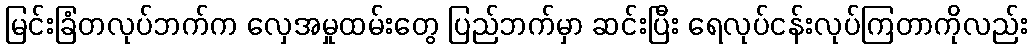
မြင်းခြံတလုပ်ဘက်က လှေအမှုထမ်းတွေ ပြည်ဘက်မှာ ဆင်းပြီး ရေလုပ်ငန်းလုပ်ကြတာကိုလည်း